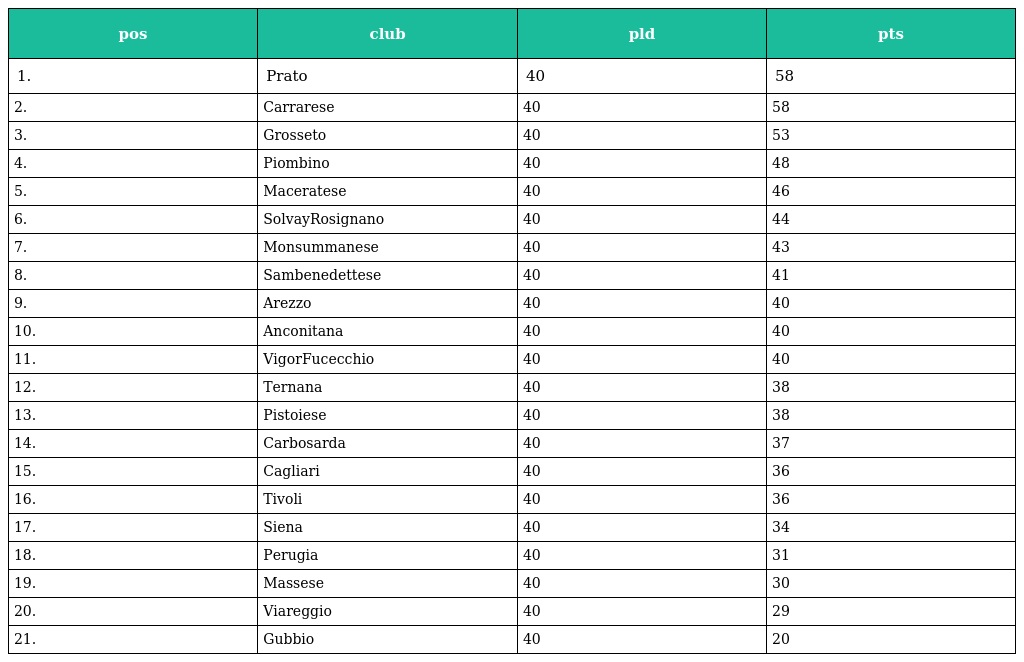
| pos | club | pld | pts |
 | --- | --- | --- | --- |
 | 1. | Prato | 40 | 58 |
 | 2. | Carrarese | 40 | 58 |
 | 3. | Grosseto | 40 | 53 |
 | 4. | Piombino | 40 | 48 |
 | 5. | Maceratese | 40 | 46 |
 | 6. | SolvayRosignano | 40 | 44 |
 | 7. | Monsummanese | 40 | 43 |
 | 8. | Sambenedettese | 40 | 41 |
 | 9. | Arezzo | 40 | 40 |
 | 10. | Anconitana | 40 | 40 |
 | 11. | VigorFucecchio | 40 | 40 |
 | 12. | Ternana | 40 | 38 |
 | 13. | Pistoiese | 40 | 38 |
 | 14. | Carbosarda | 40 | 37 |
 | 15. | Cagliari | 40 | 36 |
 | 16. | Tivoli | 40 | 36 |
 | 17. | Siena | 40 | 34 |
 | 18. | Perugia | 40 | 31 |
 | 19. | Massese | 40 | 30 |
 | 20. | Viareggio | 40 | 29 |
 | 21. | Gubbio | 40 | 20 |